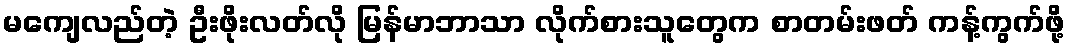
မကျေလည်တဲ့ ဦးဖိုးလတ်လို မြန်မာဘာသာ လိုက်စားသူတွေက စာတမ်းဖတ် ကန့်ကွက်ဖို့